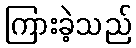
ကြားခဲ့သည်